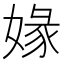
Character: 𡟇